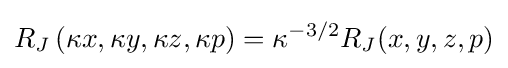
R_{J}\left(\kappa x,\kappa y,\kappa z,\kappa p\right)=\kappa ^{-3/2}R_{J}(x,y,z,p)